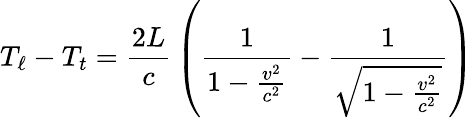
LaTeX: T_{\ell}-T_{t}={\frac{2L}{c}}\left({\frac{1}{1-{\frac{v^{2}}{c^{2}}}}}-{\frac{1}{\sqrt{1-{\frac{v^{2}}{c^{2}}}}}}\right)